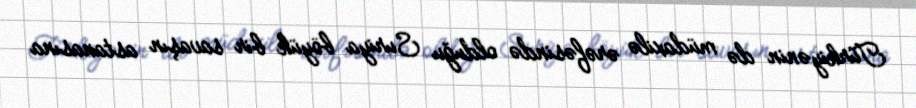
Türkiyənin də müdaxilə ərəfəsində olduğu Suriya böyük bir savaşın astanasına